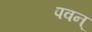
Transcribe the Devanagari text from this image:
पवन्